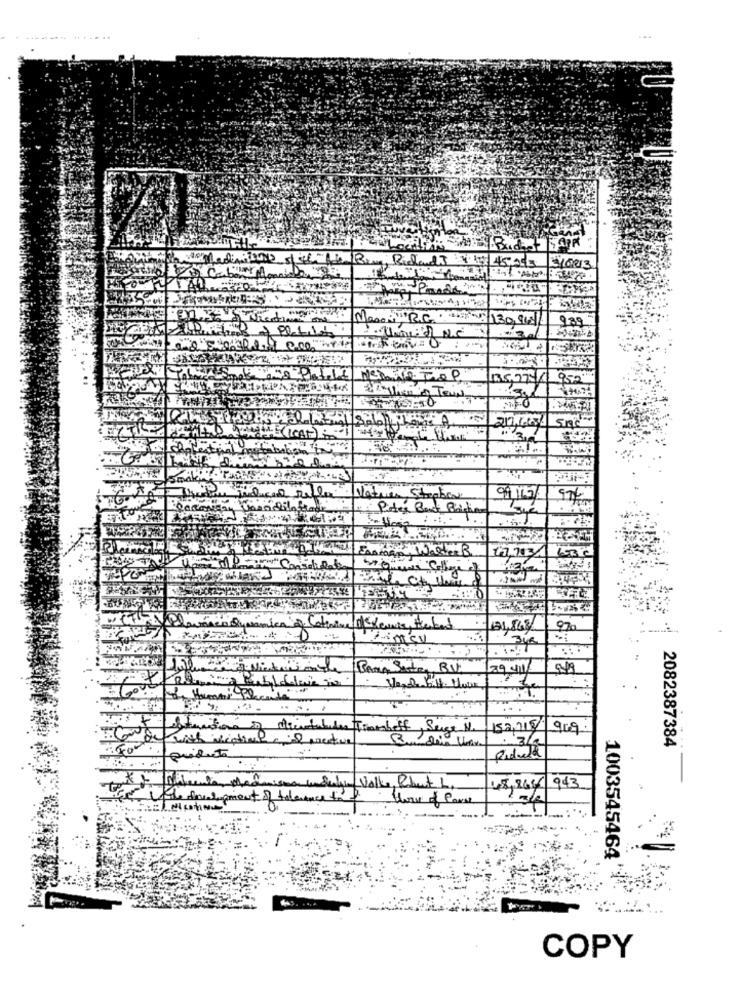
210013
8130,911
9.89
952"
Stepkon
:00
Peter Bout Boiska
17,7031
miea
Caterina i Cheunis Hacked
970
Para Santo BV
Me Tienshoff, Serge N.
152,715 90g.
3/4
2082387384
48,861 943
--
1003545464
COPY